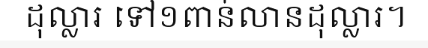
ដុល្លារ ទៅ១ពាន់លានដុល្លារ។